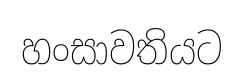
හංසාවතියට